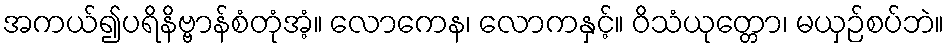
အကယ်၍ပရိနိဗ္ဗာန်စံတုံအံ့။ လောကေန၊ လောကနှင့်။ ဝိသံယုတ္တော၊ မယှဉ်စပ်ဘဲ။